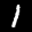
Label: 1